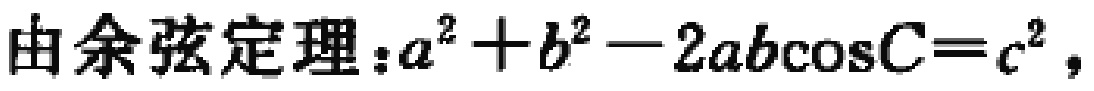
由余弦定理：\(a^{2}+b^{2}-2ab\cos C = c^{2}\)，